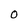
Character: O